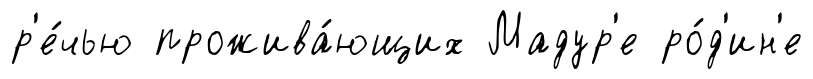
р'е́чью прожива́ющих Мадур'е ро́д'ин'е